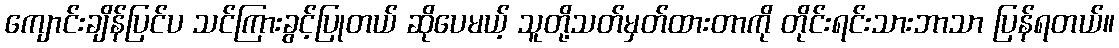
ကျောင်းချိန်ပြင်ပ သင်ကြားခွင့်ပြုတယ် ဆိုပေမယ့် သူတို့သတ်မှတ်ထားတာကို တိုင်းရင်းသားဘာသာ ပြန်ရတယ်။